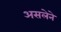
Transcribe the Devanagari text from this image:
असलेने